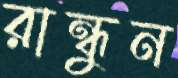
রান্ধুন